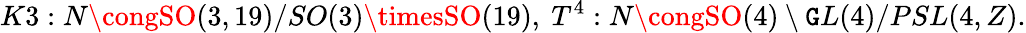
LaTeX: K3:N\congSO(3,19)/SO(3)\timesSO(19),{}~T^{4}:N\congSO(4)\setminus\mathtt{G}L(4)/PSL(4,Z).